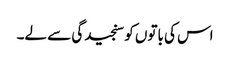
اس کی باتوں کو سنجیدگی سے لے۔